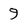
Character: 9